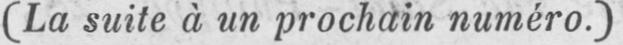
(La suite à un prochain numéro.)